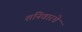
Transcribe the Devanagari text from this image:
शनिवारचे